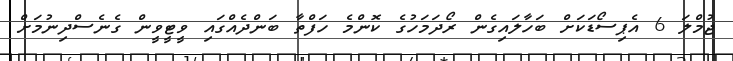
ޖުމްލަ 6 އެޕިސޯޑަކަށް ބަހާލައިގެން ރޯދަމަހުގެ ކޮންމެ ހަފްތާ ބަންދެއްގައި ވީޓީވީން ގެނެސްދިނުމަށް